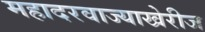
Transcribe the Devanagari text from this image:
महादरवाज्याखेरीज